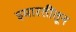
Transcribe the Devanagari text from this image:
इमारतींतून